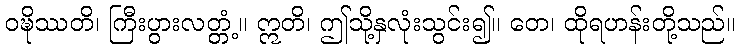
ဝဍ္ဎိဿတိ၊ ကြီးပွားလတ္တံ့။ ဣတိ၊ ဤသို့နှလုံးသွင်း၍။ တေ၊ ထိုရဟန်းတို့သည်။